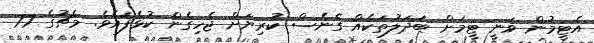
އެޓީމުން ވަނީ ޓީމަށް ބަދަލުތަކެއް ގެނެސް ކުރިޔަށް ޖެހިގެން ކުޅެފައެވެ. މެޗުގެ 77